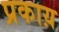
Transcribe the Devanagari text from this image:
प्रकाय़